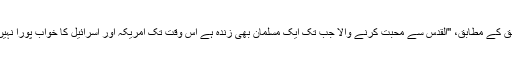
سراج الحق کے مطابق، ''القدس سے محبت کرنے والا جب تک ایک مسلمان بھی زندہ ہے اس وقت تک امریکہ اور اسرائیل کا خواب پورا نہیں ہوسکتا۔